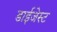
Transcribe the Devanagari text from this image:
डाईजेस्ट